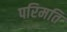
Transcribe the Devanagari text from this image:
परिमति